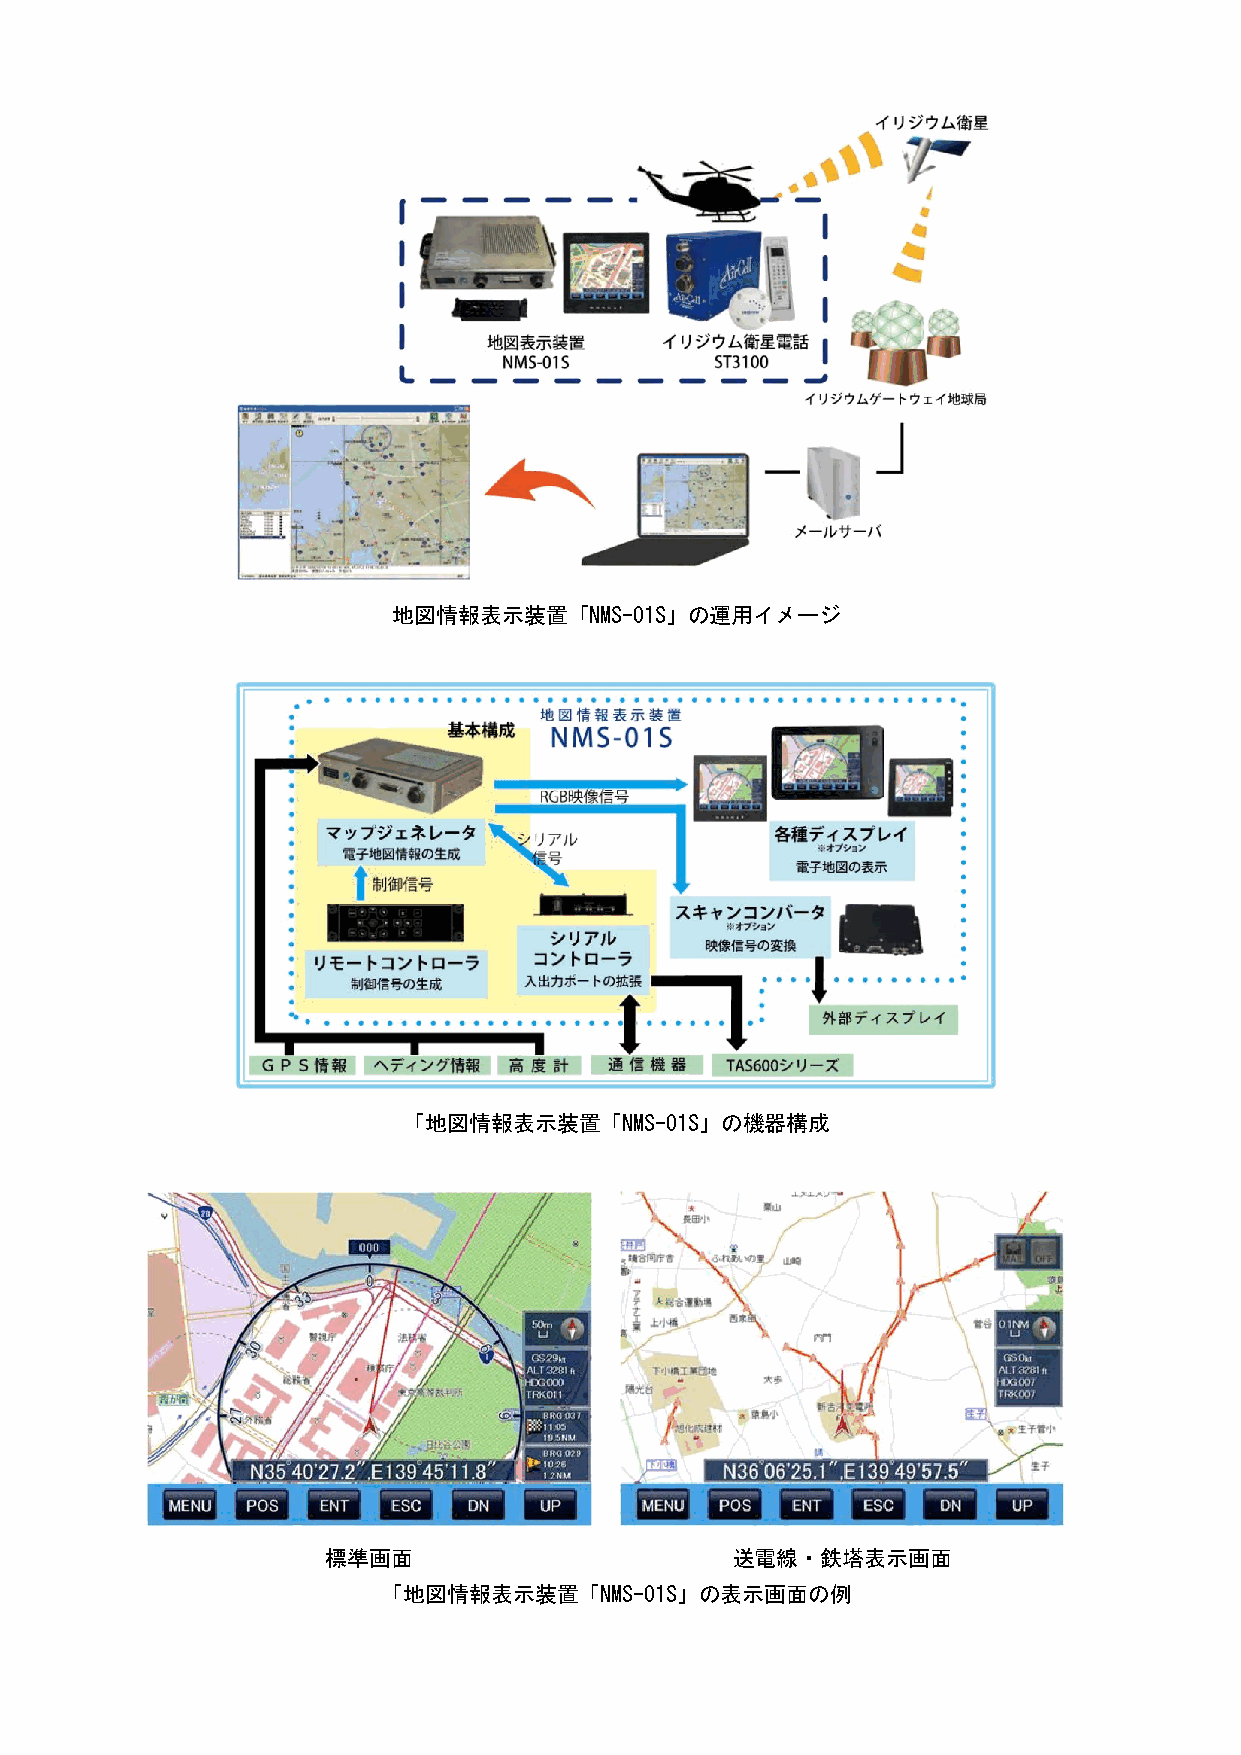
地図情報表示装置「NMS-01S」の運用イメージ
 「地図情報表示装置「NMS-01S」の機器構成
 標準画面                      送電線・鉄塔表示画面
 「地図情報表示装置「NMS-01S」の表示画面の例